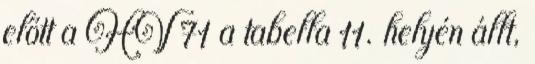
előtt a HV 71 a tabella 11. helyén állt,